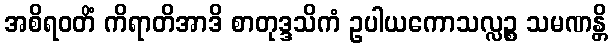
အစိရဝတိံ ကိရာတိအာဒိ စာတုဒ္ဒသိကံ ဥပါယကောသလ္လဉ္စ သမဏန္တိ